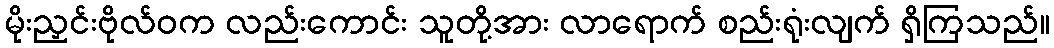
မိုးညှင်းဗိုလ်ဝက လည်းကောင်း သူတို့အား လာရောက် စည်းရုံးလျက် ရှိကြသည်။